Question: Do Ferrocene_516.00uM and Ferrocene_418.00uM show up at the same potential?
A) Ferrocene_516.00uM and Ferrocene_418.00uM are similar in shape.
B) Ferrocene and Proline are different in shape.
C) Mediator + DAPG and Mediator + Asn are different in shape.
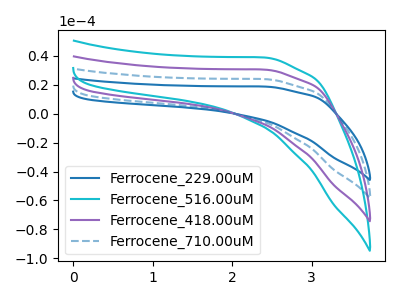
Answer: <think>The blue curve "Ferrocene_229.00uM" has no peaks. The cyan curve "Ferrocene_516.00uM" has no peaks. The purple curve "Ferrocene_418.00uM" has no peaks. The blue dashed curve "Ferrocene_710.00uM" has no peaks.
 Neither "Ferrocene_516.00uM" or "Ferrocene_418.00uM" have any peaks.</think>
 <answer>A) "Ferrocene_516.00uM" and "Ferrocene_418.00uM" are similar in shape.</answer>
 <eval>A</eval>